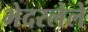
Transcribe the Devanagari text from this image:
भेदरलेले